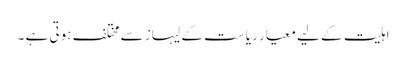
اہلیت کے لیے معیار ریاست کے لیہاز سے مختلف ہوتی ہے ۔